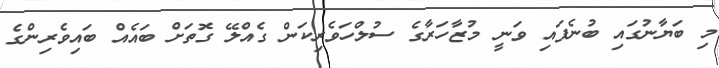
މި ބަޔާނުގައި ބުނެފައި ވަނީ މުޒާހަރާގެ ސުލްހަވެރިކަން ގެއްލޭ ގޮތަށް ބައެއް ބައިވެރިންގެ